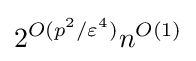
2^{O(p^{2}/\varepsilon ^{4})}n^{O(1)}